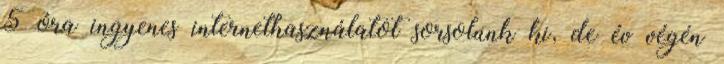
5 óra ingyenes internethasználatot sorsolunk ki, de év végén